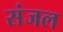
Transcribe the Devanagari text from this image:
संजल